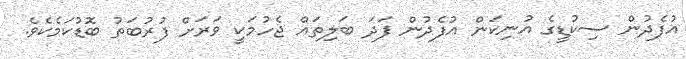
އުފެދުން ސިކުޑީގެ އުނިކަން އުފެދުން ފަދަ ބަލިތައް ޖެހުމަކީ ވަރަށް ފުރުބަތު ބޮޑުކަމެކެވެ.